Report of the King Institute of Preventive Medicine, Guindy
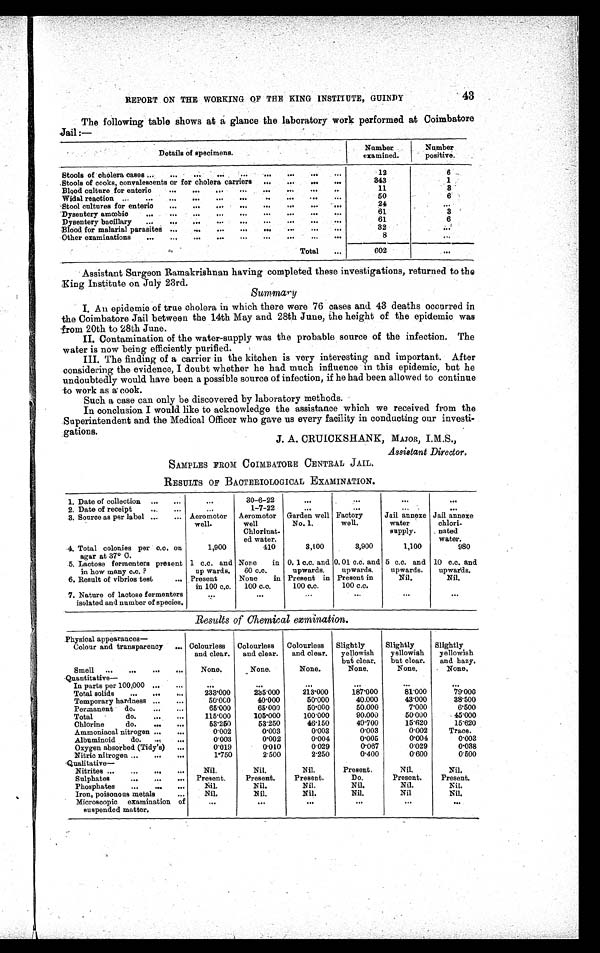
REPORT ON THE WORKING OF THE KING INSTITUTE, GUINDY
43
The following table shows at a glance the laboratory work performed at Coimbatore
Jail :—
Details of specimens.
Number
examined.
Number
positive.
Stools of cholera cases ...
...
...
...
...
...
...
...
12
6
Stools of cooks, convalescents or for cholera carriers ...
...
...
...
343
1
Blood culture for enteric
...
...
...
...
...
...
...
..
11
8
Widal reaction ...
...
...
...
...
...
..
...
...
50
6
Stool cultures for enteric
...
...
...
...
...
...
...
...
24
...
Dysentery amœbic
...
...
...
...
...
...
...
...
...
61
3
Dysentery bacillary ...
...
...
...
...
...
...
...
61
6
Blood for malarial parasites ...
...
...
...
...
...
...
32
...
Other examinations
...
...
...
...
...
...
...
...
8
...
Total
. . .
602
...
Assistant Surgeon Ramakrishnan having completed these investigations, returned to the
King Institute on July 23rd.
Summary
I. An epidemic of true cholera in which there were 76 cases and 43 deaths occurred in
the Coimbatore Jail between the 14th May and 28th June, the height of the epidemic was
from 20th to 28th June.
II. Contamination of the water-supply was the probable source of the infection. The
water is now being efficiently purified.
III. The finding of a carrier in the kitchen is very interesting and important. After
considering the evidence, I doubt whether he had much influence in this epidemic, but he
undoubtedly would have been a possible source of infection, if he had been allowed to continue
to work as a cook.
Such a case can only be discovered by laboratory methods.
In conclusion I would like to acknowledge the assistance which we received from the
Superintendent and the Medical Officer who gave us every facility in conducting our investi
-gations.
J. A. CRUICKSHANK, MAJOR, I.M.S.,
Assistant Director.
SAMPLES FROM COIMBATORE CENTRAL JAIL.
RESULTS OF BACTERIOLOGICAL EXAMINATION.
1. Date of collection ...
...
...
30-6-22
...
...
...
...
2. Date of receipt
...
...
1-7-22
...
...
...
...
3. Source as per label ...
... Aeromotor
well.
Aeromotor
well
Chlorinat-
ed water.
Garden well
No. 1.
Factory
well.
Jail annexe
water
supply.
Jail annexe
chlori-
nated
water.
4. Total colonies per c.c. on
agar at 37° C.
1,900
410
3,100
3,900
1,100
980
5. Lactose fermenters present
in how many c.c. ?
1 c.c. and
up wards.
None
in
60 c.c.
0. 1 c.c. and
upwards.
0.01 c.c. and
upwards.
5 c.c. and
upwards.
10 c.c. and
upwards.
6. Result of vibrios test
... Present
in 100 c.c.
None
in
100 c.c.
Present in
100 c.c.
Present in
100 c.c.
Nil.
Nil.
7. Nature of lactose fermenters
isolated and number of species.
...
...
...
...
...
...
Results of Chemical exmination.
Physical appearances—
Colour and transparency ... Colourless
and clear.
Colourless
and clear.
Colourless
and clear.
Slightly
yellowish
but clear.
Slightly
yellowish
but clear.
Slightly
yellowish
and hazy.
Smell ...
...
...
...
None.
None.
None.
None.
None.
None.
Quantitative—
In parts per 100,000 ...
...
...
...
...
...
...
...
Total solids
...
...
...
233.000
235.000
213.000
187.000
81.000
79.000
Temporary hardness ...
...
50.000
40.000
50.000
40.000
43.000
38.500
Permanent do.
...
...
65.000
65.000
50.000
50.000
7.000
6.500
Total
do.
...
...
115.000
105.000
100.000
90.000
50.000
45.000
Chlorine
do.
...
...
53.250
53.250
46.150
49.700
15.620
15.620
Ammoniacal nitrogen ...
...
0.002
0.003
0.003
0.003
0.002
Trace.
Albuminoid
do. ...
...
0.003
0.002
0.004
0.005
0.004
0.003
Oxygen absorbed (Tidy's) ...
0.019
0.010
0.029
0.067
0.029
0.038
Nitric nitrogen ...
...
...
1.750
2.500
2.250
0.400
0.600
0.500
Qualitative—
Nitrites ...
...
...
...
Nil.
Nil.
Nil.
Present.
Nil.
Nil.
Sulphates
...
...
... Present.
Present.
Present.
Do.
Present.
Present.
Phosphates
...
...
...
Nil.
Nil.
Nil.
Nil.
Nil.
Nil.
Iron, poisonous metals ...
Nil.
Nil.
Nil.
Nil.
Nil
Nil.
Microscopic examination of
suspended matter.
...
...
...
...
...
...